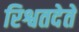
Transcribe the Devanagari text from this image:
रिश्वतदेते